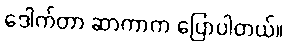
ဒေါက်တာ ဆာကာက ပြောပါတယ်။